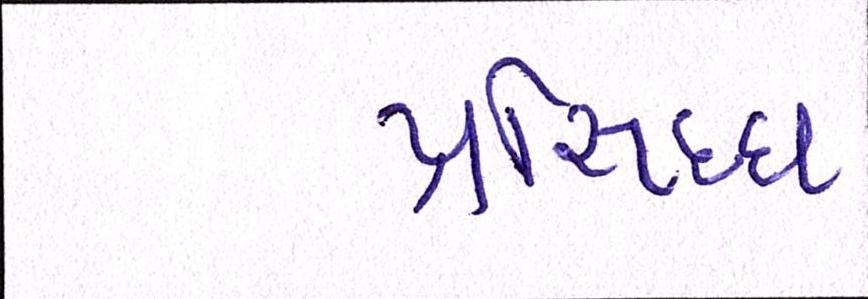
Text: પ્રસિધ્ધ